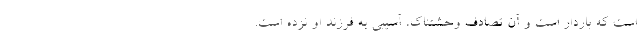
است که باردار است و آن تصادف وحشتناک، آسیبی به فرزند او نزده است.